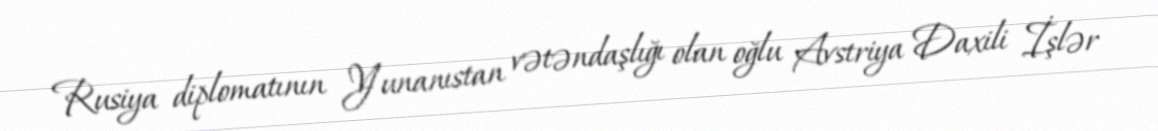
Rusiya diplomatının Yunanıstan vətəndaşlığı olan oğlu Avstriya Daxili İşlər